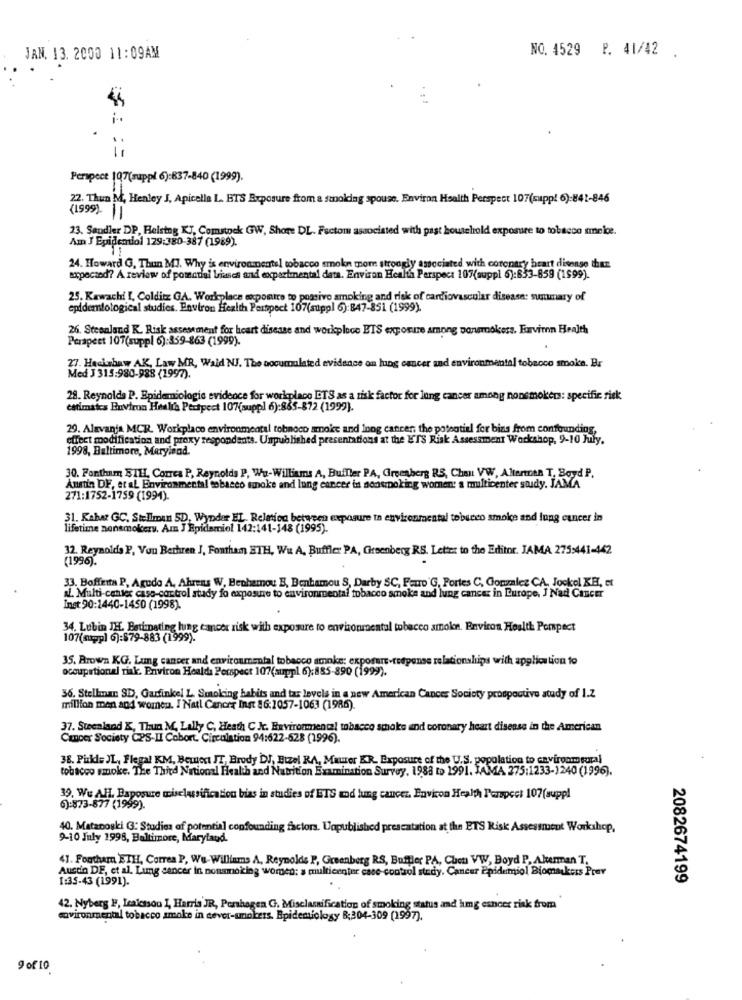
NO. 4529 P. 41/42
JAN. 13. 2000 11:09AM
11
Perspect 107(suppl 6):837-840 (1999).
22. Thun M, Henley J, Apicella L. ETS Exposure from a smoking spouse. Environ Health Perspect 107(supp! 6)-841-846
(1999). ||
23. Sandler DP, Helsing KJ, Comstock GW, Shore DL. Fsctom associated with past household exposure to tobacco sinelce.
Am J Epidemiol 129:380-387 (1989).
24. Howard G, Thun MJ. Why is environmentel tobacco smoke mom strongly associated with coronary heart disease ther
soppected? A review of potential biases and experimental data. Environ Health Perspect 107(suppl 6):833-859 (1999).
25. Kawachi I, Colditz GA. Workplace expontre to possivo smoking and risk of cardiovascular disease: summary of
epidemiological studies. Environ Health Perspect 107(suppl 6):847-851 (1999).
26. Steenland K. Risk assessment for heart disease and workplace ETS exposure among ponsmokers. Furviron Health
Perapeet 107(suppl 6):359-863 (1999).
Hackshaw AK, Law MR, Waid NJ. The nocumulated evidence on lung cancer and environmental tobacco smoke. Br
Med J 315:980-988 (1997).
28. Reynolds P. Epidemiologic evidence for workplaco ETS as a risk factor for lung cancer among nonsmokers: specific risk
catimates Environ Health Pectpect 107(suppl 6):865-872 (1999).
29. Alavanja MCR. Workplace environmental tobnoco smoke and Inng cancer, the potsatiel for bin from confounding,
effect modification and proxy respondents. Unpublished presentations at the ETS Risk Assessment Workshop, 9-10 July.
1998, Baltimore, Merylend.
30. Fontham SIHL, Correa P, Reynolds P, Who-Williams A, Buffler PA, Greenberg RS, Cheu VW, Altertren T, Boyd P.
Austin DF, et al Environmental tobacco smoke and lung cancer in sonstpoking women: a multicenter study. JAMA
271:1752-1759 (1994)
31. Kabar GC. Stellman SD, Wyoder EL. Relation between exposure to environmental tobacco smoke and lung cancer in
lifetime nonsmokers. Am J Epidemiol 142:141-148 (1995).
32. Reynolds P, Von Berhren J, Fonthan BTH, Wu A, Buffler PA, Greenberg RS. Letter to the Editor. JAMA 275:441-442
(1996).
33. Boffeita P, Agudo A, Ahrens W, Benhamou B, Benhamou S, Darby SC, Fano'G, Fortes C, Gonzalez CA, Jockel KE, et
al. Multi-contex cass-control study fo exposure to environmental tobacco smoke and lung cancer in Europe, J Nad Cancer
Inst 90:1440-1450 (1998).
34. Lubin TH. Betimating lung cancer risk with exposure to environmental tobacco smoke. Environ Health Pompect
107(suppl 6):$79-883 (1999).
35. Brown KG. Lung cancer and environmental tobacco smoke: exposure-tespense relationships with application to
occupational riak. Priviron Healds Perspect 107(suppl 6):885-890 (1999).
36. Stellmar SD, Garfinkel L. Smoking habits and tas levels in a new American Cancer Society prospective study of 1.2
million men and women. I Natl Cancer Inst 86:1057-1063 (1986).
37. Swealand K, Thun M. Lally C, Heath C Jr. Environmental tobacco smoke and coronary heart disease in the American
Cancer Society CPS-II Cobort. Circulation 94:622-528 (1996).
38. Pickle JL, Flegal KM, Bement JT, Brody DJ, Etzel RA, Maurer KR. Exposure of the U.S. population to caviroom tural
tobacco smoke. The Third National Health and Nutrition Examination Survey, 1988 to 1991. JAMA 275:1233-1240 (1996).
39. We AH. Baposure misclassification bias in studies of ETS and lung cancer. Environ Health Perpect 107(suppl
6):873-877 (1999).
40. Matanoski (3: Studies of potential confounding factors. Unpublished presentation at the ETS Risk Assessment Workshop,
9-10 July 1998, Baltimore, Maryland
41. Footham ETH, Correa P, Wu-Williams A. Reynolds P, Greenberg RS, Buftier PA, Chon VW, Boyd P. Akerman T.
Austin DE, et al. Lamg cancer in nonsmoking women: a multicenter case-control study, Cancer Epidemiol Biomarkers Prev
1:35-43 (1991).
2082674199
42. Nyberg E, Lealesson I, Harris JR, Pershagen G. Misclassification of smoking status and hmg cancer risk from
covironmental tobacco smoke in cever-unokers. Epidemiology B:304-309 (1997).
9 of 10